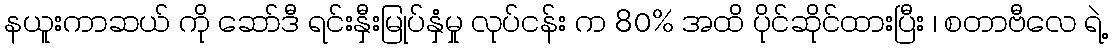
နယူးကာဆယ် ကို ဆော်ဒီ ရင်းနှီးမြုပ်နှံမှု လုပ်ငန်း က 80% အထိ ပိုင်ဆိုင်ထားပြီး ၊ စတာဗီလေ ရဲ့